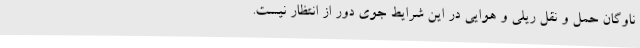
ناوگان حمل و نقل ریلی و هوایی در این شرایط جوی دور از انتظار نیست.